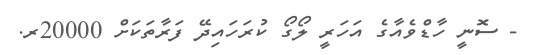
- ސޮނީ ހާޑްވެއާގެ އަހަރީ ލޯގޯ ކުރަހައިދޭ ފަރާތަކަށް 20000ރ.